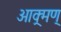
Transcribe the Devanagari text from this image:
आक्र्मण्